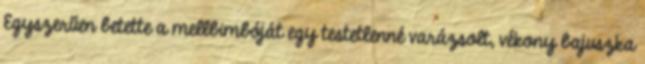
Egyszerűen betette a mellbimbóját egy testetlenné varázsolt, vékony bajuszka